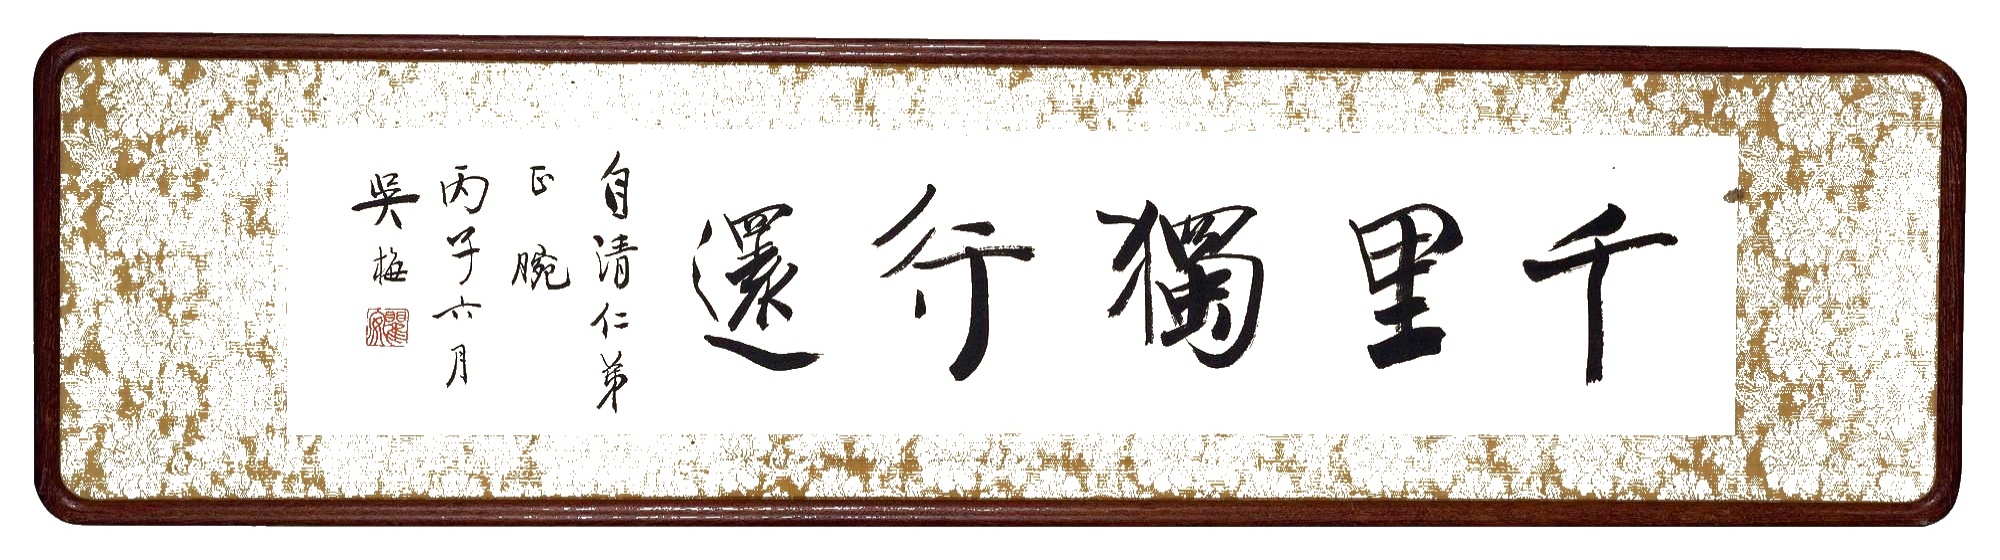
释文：千里独行还。自清仁弟正腕。丙子六月，吴梅。